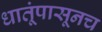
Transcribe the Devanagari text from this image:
धातूंपासूनच